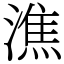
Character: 潐